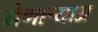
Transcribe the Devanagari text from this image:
येणार्‍याअ